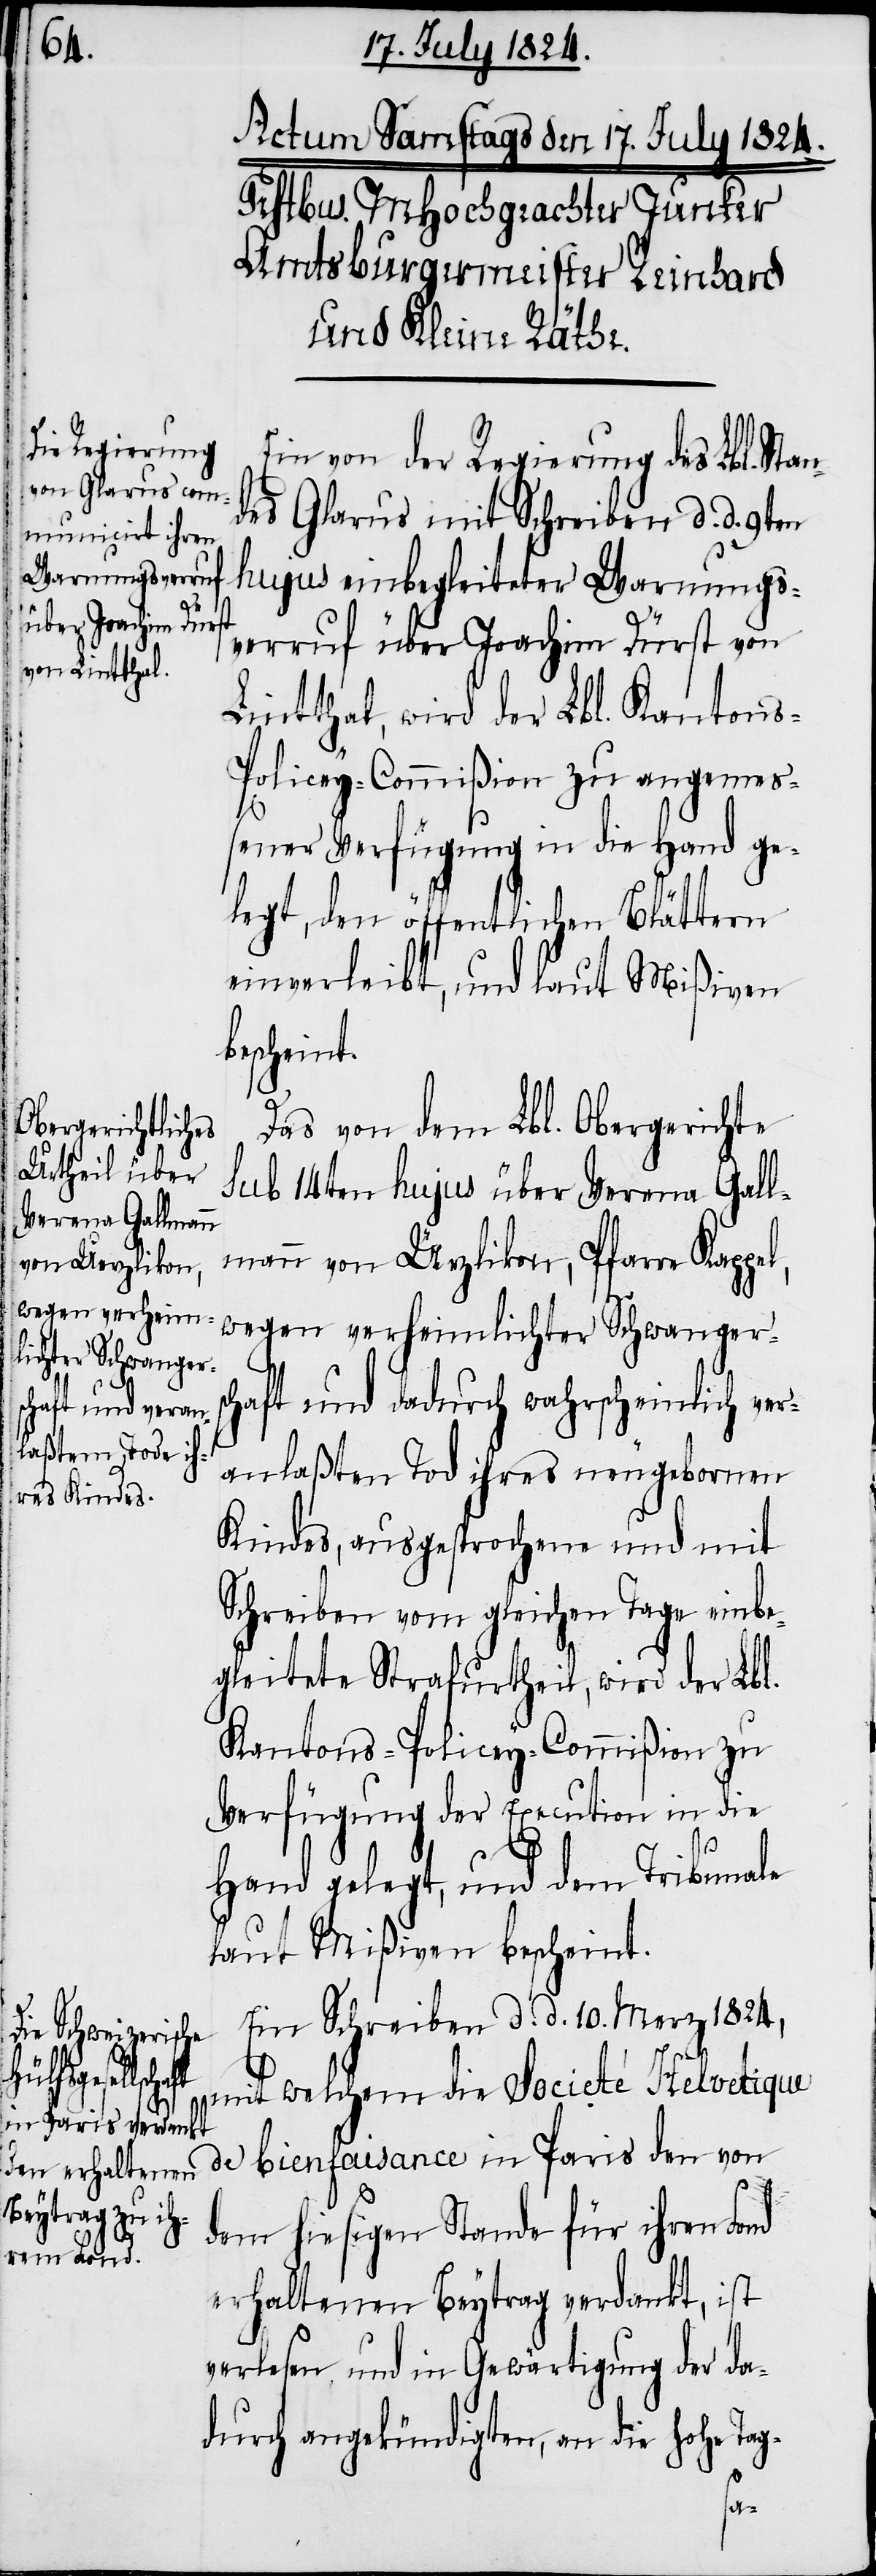
l,

Ein von der Regierung des Lbl. Stan¬
des Glarus mit Schreiben d. d. 9ten
hujus einbegleiteter Warnungs¬
verruf über Joachim Dürst von
Lintthal, wird der Lbl. Kanton¬
olicey-Commißion zu angeme¬
ßener Verfügung in die Hand ge¬
legt, den öffentlichen Blättern
einverleibt, und laut Mißiven
bescheint.
Das von dem Lbl. Obergerichte
sub 14ten hujus über Verena Gall¬
mann von Ürzlikon, Pfarre Kappe¬
wegen verheimlichter Schwangers¬
chaft und dadurch wahrscheinlich ver¬
anlaßten Tod ihres neugeborenen
Kindes, ausgesprochene und mit
Schreiben vom gleichen Tage einbe¬
gleitete Strafurtheil, wird der Lbl.
Kantons-Policey-Commißion zu
Verfügung der Execution in die
Hand gelegt, und dem Tribunale
laut Mißiven bescheint.
Ein Schreiben d. d. 10. Merz 1824,
mit welchem die Société Helvetique
de bienfaisance in Paris den von
dem hiesigen Stande für ihren Fond
erhaltenen Beytrag verdankt, ist
verlesen, und in Gewärtigung der da¬
durch angekündigten, an die hohe Tag-